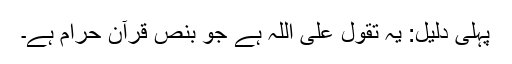
پہلی دلیل: یہ تقول علی اللہ ہے جو بنص قرآن حرام ہے۔